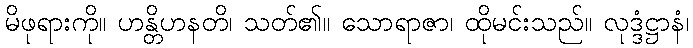
မိဖုရားကို။ ဟန္တိဟနတိ၊ သတ်၏။ သောရာဇာ၊ ထိုမင်းသည်။ လုဒ္ဒံဋ္ဌာနံ၊